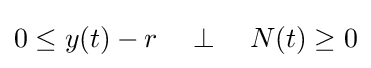
0\leq y(t)-r\quad \perp \quad N(t)\geq 0